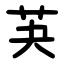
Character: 芵